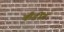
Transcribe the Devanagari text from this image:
कैंडीड